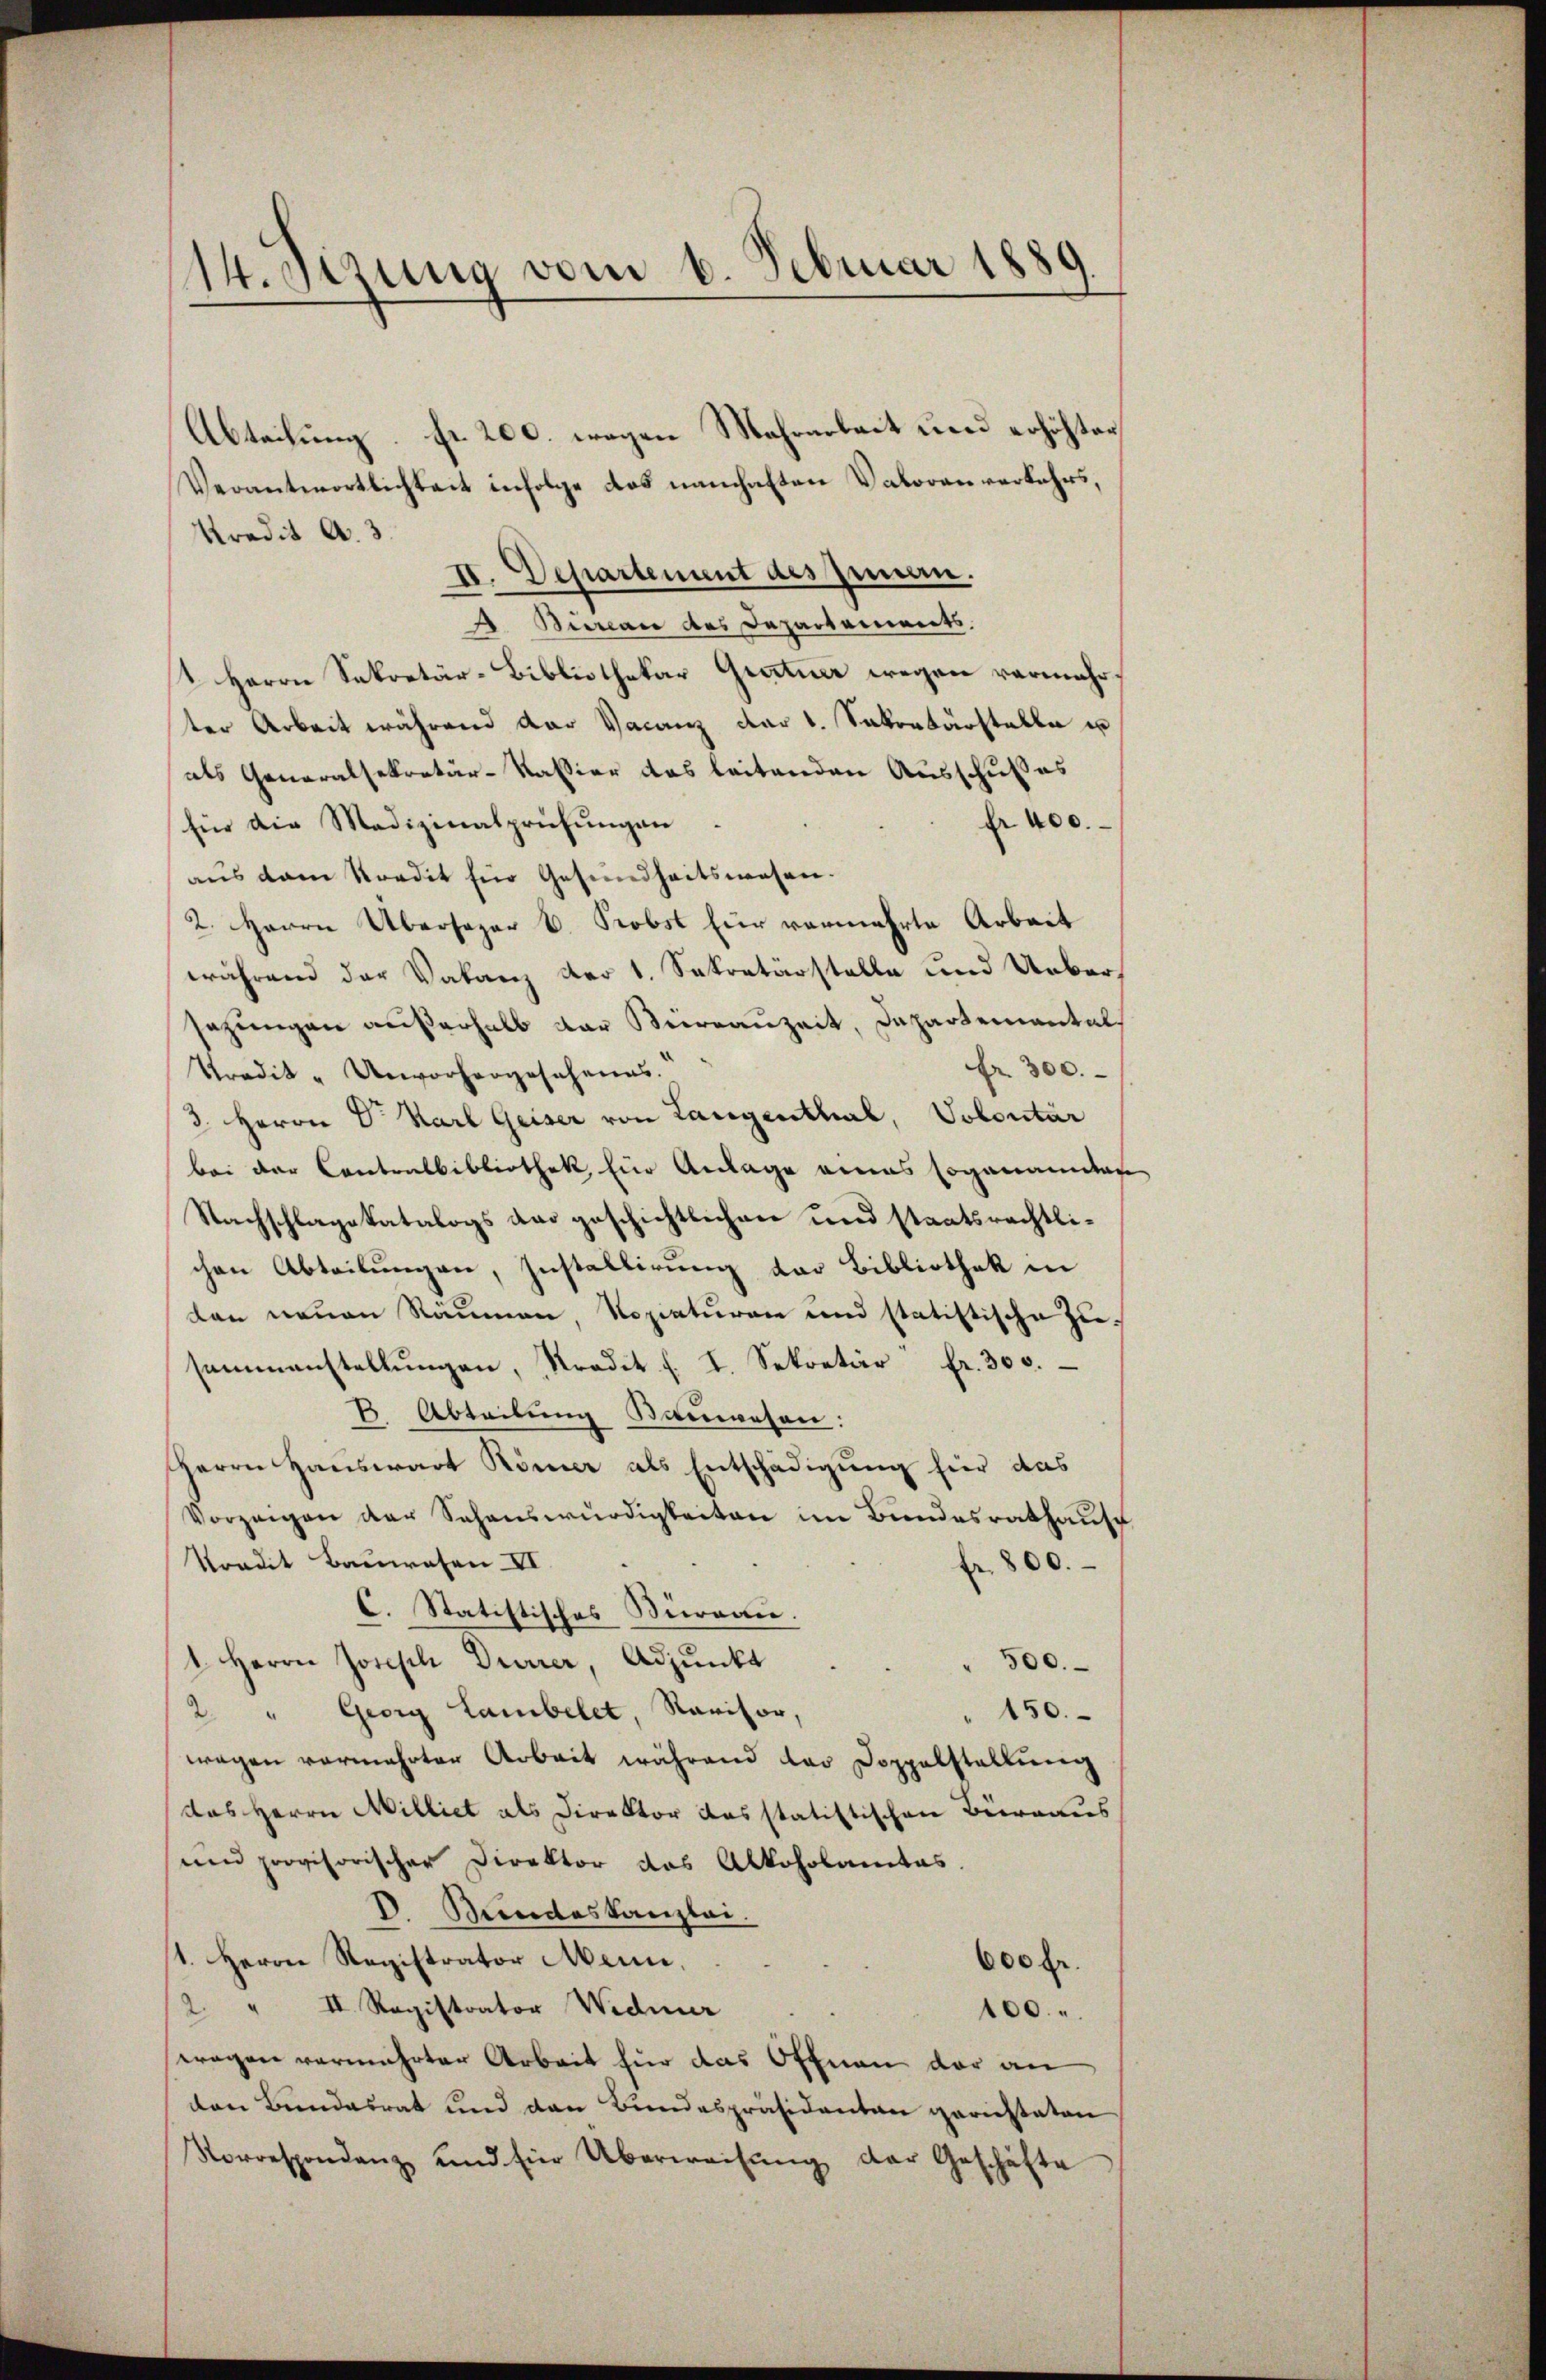
14. Sizung vom 6. Februar 1889.

Verantwortlichkeit infolge dos namhaften Vatoren verkehrs,
Kredit A. 3.
II. Departement des Innen.
 Bureau des Departements.
1 Herrn Sekretär-Bibliothekar Gratuer wegen vermehrter Arbeit während der Vacanz der 1. Sekretärstelle u
als Generalsekretär-Kassier das leitenden Ausschußes
Er 400.
für die Medizinalprüfŭngen
aŭs dem Kredit für Gesundheitswesen.
2. Herrn Übersager B. Probst für vermehrte Arbeit
während der Vakanz der 1. Sekretärstelle und Uebersezungen außerhalb der Verrauzeit, Departemental
fr. 300.
Tradik - Unvorhergesehenes.
3. Herrn Dr. Karl Geiser von Langenthal, Volontär
bei der Contralbibliothek, Ein Anlage eines soganannten
Nachschlagetatalogs das geschichtlichen und staatsrechtlichen Abteilungen, Installirung der Bibliothek in
dan neuen Räumen, Nopiaturen und statistische Zusammenstellŭngen, Kredit f. I. Sekretär fr. 300.
 Abteilung Bauwesen:
Herrn Hauswart Römer als Entschädigung für das
Vorzeigen der Sehenswürdigkeiten im Bundesrathaus
Vordit Bauwesen II
fr. 800.
C. Statistisches Büreau.
1 Herrn Joseph Dürrer, Adjunkt
500.
2 " Georg Lambelet, Ravisor,
150.
wegen vermehrter Arbeit während das Doppelstellŭng
das Herrn Milliet als Direktor das statistischen Büreaus
uen provisorischer Direktor das Alkoholantas.
D. Bundeskanzlei.
1. Herrn Registrator Mann,
600 fr.
2 " II Registrator Wider
100.
wegen vermehrter Arbeit für das Öffnen der an
den Bundesrat und den Bundespräsidenten gerichteten
Norrespondenz und für Überweisŭng der Geschäfte

Abteilung fr. 200. wegen Mehrarbeit und erhöhter